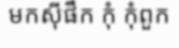
មកស៊ីផឹក កុំ កុំពួក